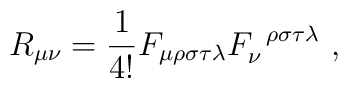
R_{\mu\nu}=\frac{1}{4!}F_{\mu\rho\sigma\tau\lambda}F^{\;\;\rho\sigma\tau\lambda}_{\nu} ~ ,